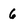
Character: 6